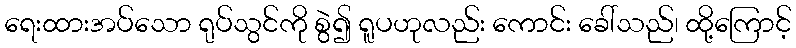
ရေးထားအပ်သော ရုပ်သွင်ကို စွဲ၍ ရူပဟုလည်း ကောင်း ခေါ်သည်၊ ထို့ကြောင့်